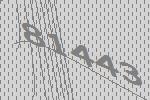
81443